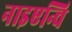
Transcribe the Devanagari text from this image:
नाइएन्चि